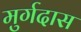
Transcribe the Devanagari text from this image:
मुर्गदास